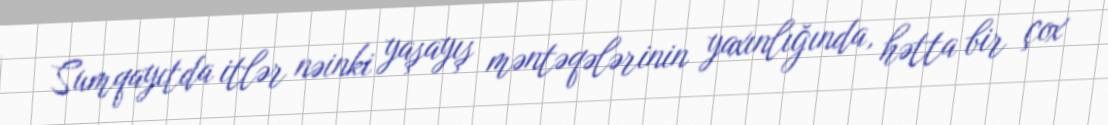
Sumqayıtda itlər nəinki yaşayış məntəqələrinin yaxınlığında, hətta bir çox